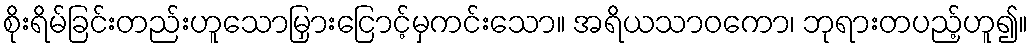
စိုးရိမ်ခြင်းတည်းဟူသောမြှားငြောင့်မှကင်းသော။ အရိယသာဝကော၊ ဘုရားတပည့်ဟူ၍။